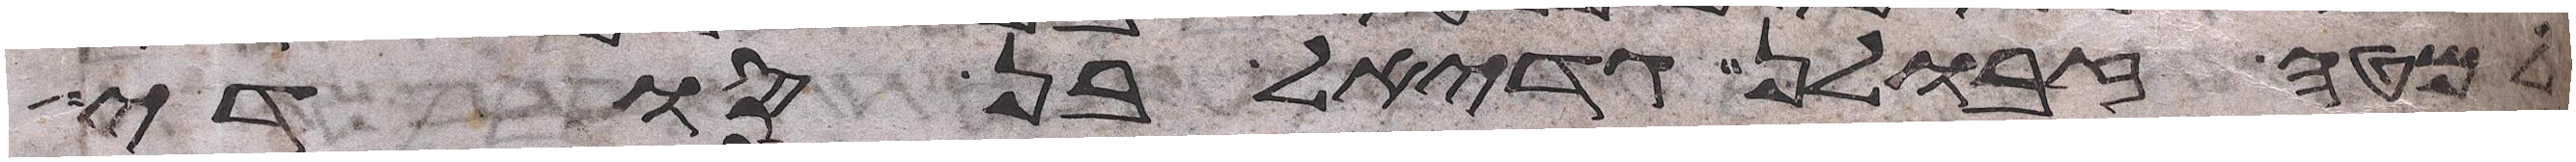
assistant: למטה זבולן גדיאל בן סודי